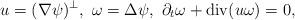
LaTeX: \begin{align*}u=(\nabla\psi)^{\bot},\ \omega=\Delta\psi,\ \partial_{t}\omega+\mathrm{div}(u\omega)=0,\end{align*}